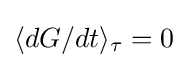
\langle dG/dt\rangle _{\tau }=0